Vaccination Hyderabad 1872-1889 - 1872-1889
Year: 1872
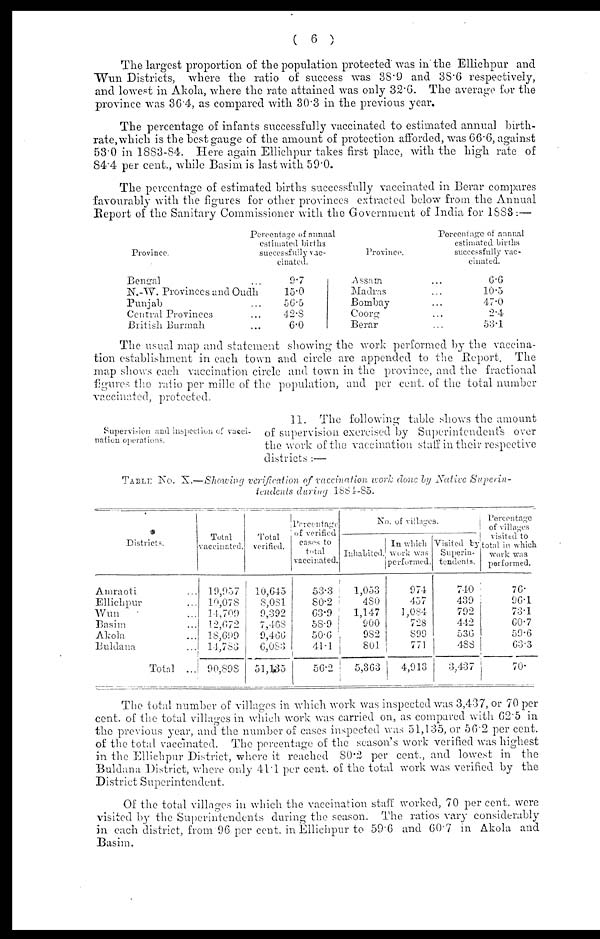
( 6 )
The largest proportion of the population protected was in the Ellichpur and
Wun Districts, where the ratio of success was 38.9 and 38.6 respectively,
and lowest in Akola, where the rate attained was only 32.6. The average for the
province was 36.4, as compared with 30.3 in the previous year.
The percentage of infants successfully vaccinated to estimated annual birth-
rate, which is the best gauge of the amount of protection afforded, was 66.6, against
53.0 in 1883-84. Here again Ellichpur takes first place, with the high rate of
84.4 per cent., while Basim is last with 59.0.
The percentage of estimated births successfully vaccinated in Berar compares
favourably with the figures for other provinces extracted below from the Annual
Report of the Sanitary Commissioner with the Government of India for 1883:—
Province.
Bengal ...
N.-W. Provinces and Oudh
Punjab ...
Central Provinces ...
British Burmah ...
Percentage of annual
estimated births
successfully vac-
cinated.
9.7
15.0
56.5
42.8
6.0
Province.
Assam ...
Madras ...
Bombay ...
Coorg ...
Berar ...
Percentage of annual
estimated births
successfully vac-
cinated.
6.6
10.5
47.0
2.4
53.1
The usual map and statement showing the work performed by the vaccina-
tion establishment in each town and circle are appended to the Report. The
map shows each vaccination circle and town in the province, and the fractional
figures the ratio per mille of the population, and per cent. of the total number
vaccinated, protected.
Supervision and inspection of vacci-
nation operations.
11. The following table shows the amount
of supervision exercised by Superintendents over
the work of the vaccination staff in their respective
districts :—
TABLE No. X.—Showing verification of vaccination work done by Native
Superin-
tendents during 1884-85.
Districts.
Amraoti ...
Ellichpur ...
Wun ...
Basim ...
Akola ...
Buluana ...
Total ...
Total
vaccinated.
19,957
10,078
11,709
12,672
18,699
14,783
90,898
Total
verified.
10,645
8,081
9,392
7,468
9,466
6,083
51,135
Percentage
of verified
cases to
total
vaccinated.
53.3
80.2
63.9
58.9
50.6
41.1
56.2
No. of villages.
Inhabited.
1,053
480
1,147
900
982
801
5,363
In which
work was
performed.
974
457
1,084
728
899
771
4,913
Visited by
Superin-
tendents.
740
439
792
442
536
488
3,437
Percentage
of villages
visited to
total in which
work was
performed.
76.
96.1
73.1
60.7
59.6
63.3
70.
The total number of villages in which work was inspected was 3,437, or 70 per
cent. of the total villages in which work was carried on, as compared with 62.5 in
the previous year, and the number of cases inspected was 51,135, or 56.2 per cent.
of the total vaccinated. The percentage of the season's work verified was highest
in the Ellichpur District, where it reached 80.2 per cent., and lowest in the
Buldana District, where only 41.1 per cent. of the total work was verified by the
District Superintendent.
Of the total villages in which the vaccination staff worked, 70 per cent. were
visited by the Superintendents during the season. The ratios vary considerably
in each district, from 96 per cent. in Ellichpur to 59.6 and 60.7 in Akola and
Basim.